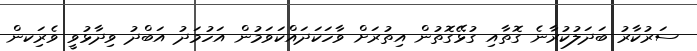
ސަރުކާރު ބަދަލުކުރާނެ ގޮތާއި ގުޅޭގޮތުން އިތުރަށް ވާހަކަދައްކަވަމުން އަހުމަދު އަބްދު ވިދާޅުވީ ވެރިަކން